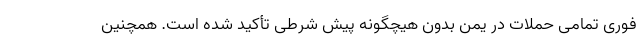
فوری تمامی حملات در یمن بدون هیچگونه پیش شرطی تأکید شده است. همچنین